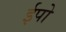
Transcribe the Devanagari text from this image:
ईपो